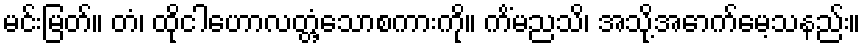
မင်းမြတ်။ တံ၊ ထိုငါဟောလတ္တံ့သောစကားကို။ ကိံမညသိ၊ အသို့အောက်မေ့သနည်း။